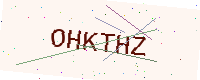
Text: OHKTHZ